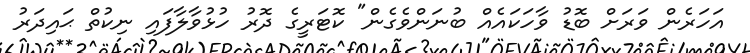
އަހަރެން ވަރަށް ބޮޑު ވާހަކައެއް ބުނަންވެގެން" ކޮޓަރީގެ ދޮރު ހުޅުވާލާފައި ނިކުތް ޙައިދަރު